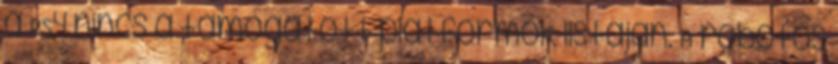
a PS4 nincs a támogatott platformok listáján. A robotos